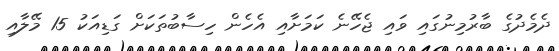
ދެމެދުގެ ބާރުމިނުގައި ވައި ޖެހޭނެ ކަމަށާއި އެހެން ހިސާބުތަކަށް ގަޑިއަކު 15 މޭލާއި